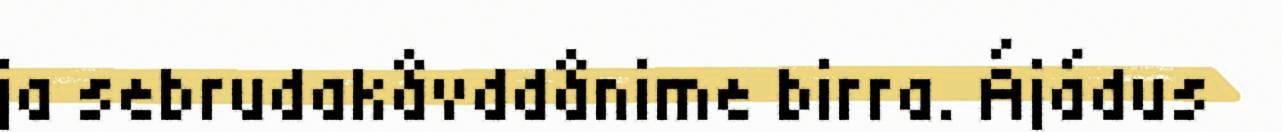
ja sebrudakåvddånime birra. Ájádus